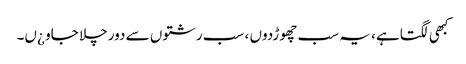
کبھی لگتاہے ، یہ سب چھوڑدوں ، سب رشتوں سے دور چلا جاو ¿ں۔